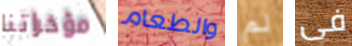
مؤخراتنا والطعام لم فى